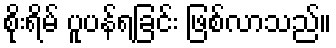
စိုးရိမ် ပူပန်ရခြင်း ဖြစ်လာသည်။